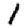
Digit: 1